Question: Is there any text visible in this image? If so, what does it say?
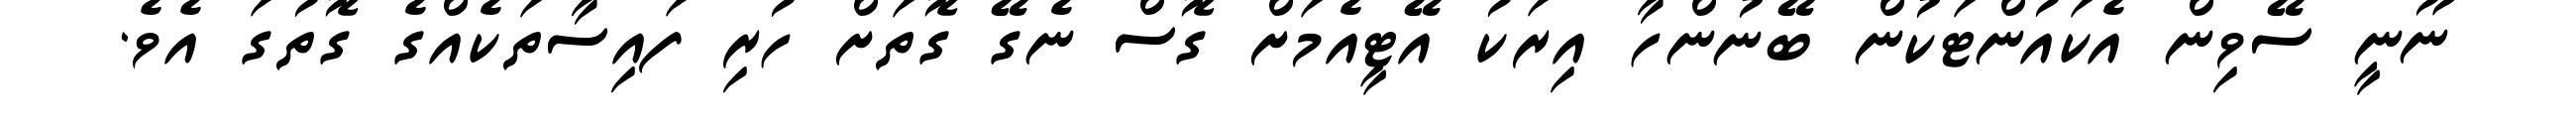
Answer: ނޫނީ ސޭވިން އެކައުންޓަކުން ބޭނުންހާ އިރަކު އޭޓީއެމަށް ގޮސް ނެގޭ ގޮތަށް ހުރި ފައިސާތަކެއްގެ ގޮތުގަ އެވެ.